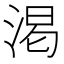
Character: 渇